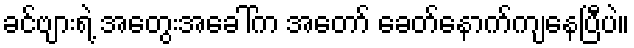
ခင်ဗျားရဲ့ အတွေးအခေါ်က အတော် ခေတ်နောက်ကျနေပြီပဲ။